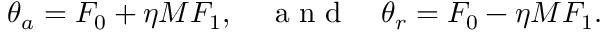
\theta _ { a } = F _ { 0 } + \eta M F _ { 1 } , \quad \textrm { a n d } \quad \theta _ { r } = F _ { 0 } - \eta M F _ { 1 } .